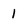
Character: 1